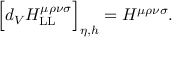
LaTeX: \Big [ d _ { V } H _ { \mathrm { L L } } ^ { \mu \rho \nu \sigma } \Big ] _ { \eta , h } = H ^ { \mu \rho \nu \sigma } .